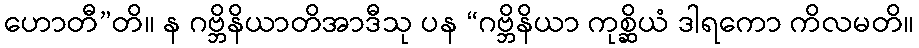
ဟောတီ”တိ။ န ဂဗ္ဘိနိယာတိအာဒီသု ပန “ဂဗ္ဘိနိယာ ကုစ္ဆိယံ ဒါရကော ကိလမတိ။